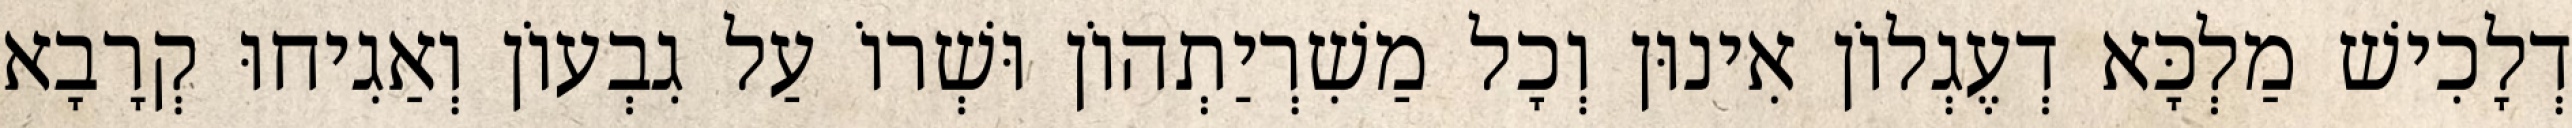
דְלָכִישׁ מַלְכָּא דְעֶגְלוֹן אִינוּן וְכָל מַשִׁרְיַתְהוֹן וּשְׁרוֹ עַל גִבְעוֹן וְאַגִיחוּ קְרָבָא